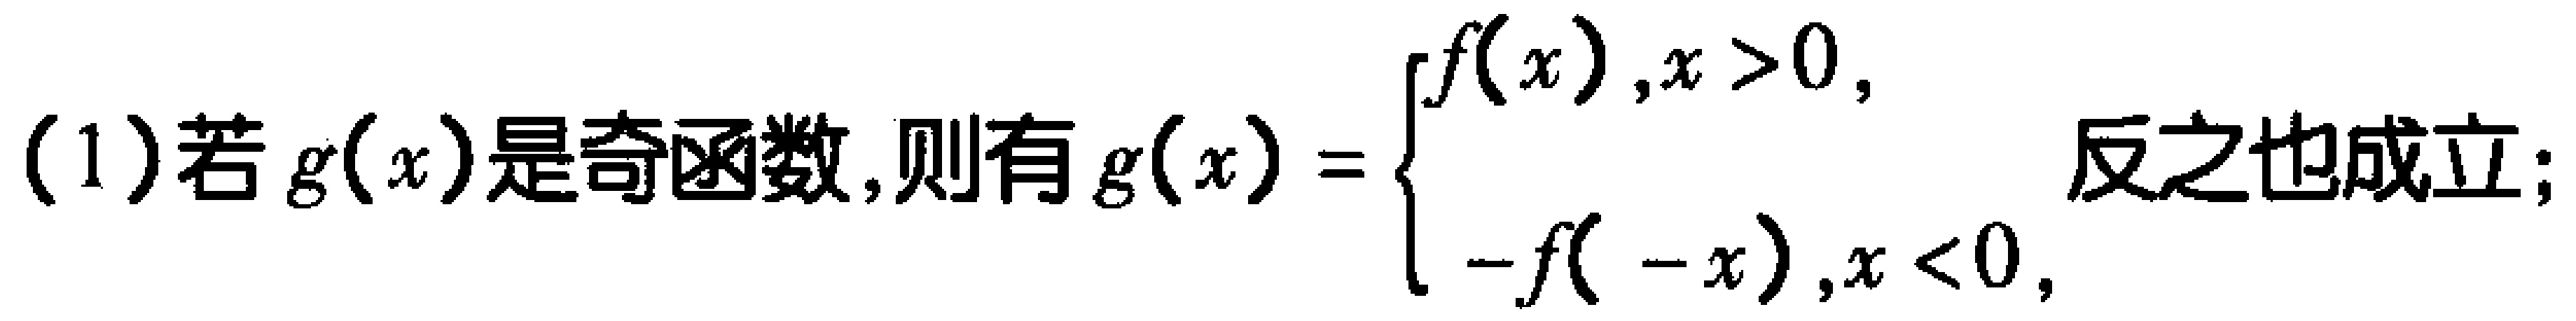
(1)若\(g(x)\)是奇函数，则有\(g(x)=\begin{cases}f(x),&x > 0,\\  & \\-f(-x),&x < 0,\end{cases}\)反之也成立；